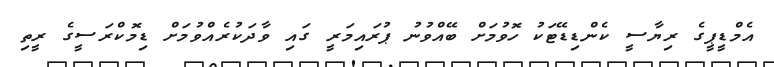
އެމްޑީޕީގެ ރިޔާސީ ކެންޑިޑޭޓަކު ހޮވުމަށް ބޭއްވުނު ޕުރައިމަރީ ގައި ވާދަކުރެއްވުމަށް ޑިމޮކްރަސީގެ ރީތި